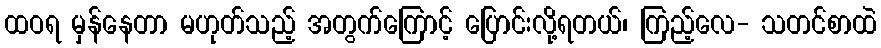
ထဝရ မှန်နေတာ မဟုတ်သည့် အတွက်ကြောင့် ပြောင်းလို့ရတယ်၊ ကြည့်လေ- သတင်စာထဲ